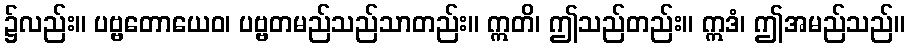
၌လည်း။ ပဗ္ဗတောယေဝ၊ ပဗ္ဗတမည်သည်သာတည်း။ ဣတိ၊ ဤသည်တည်း။ ဣဒံ၊ ဤအမည်သည်။